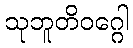
သုဘူတိဝဂ္ဂေါ